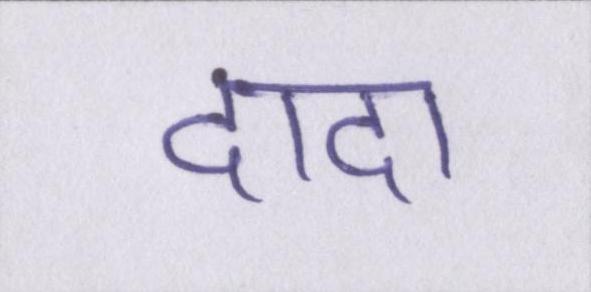
दादा